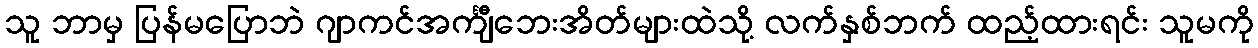
သူ ဘာမှ ပြန်မပြောဘဲ ဂျာကင်အင်္ကျီဘေးအိတ်များထဲသို့ လက်နှစ်ဘက် ထည့်ထားရင်း သူမကို